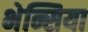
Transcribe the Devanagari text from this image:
भेन्सिया